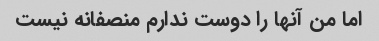
اما من آنها را دوست ندارم منصفانه نیست